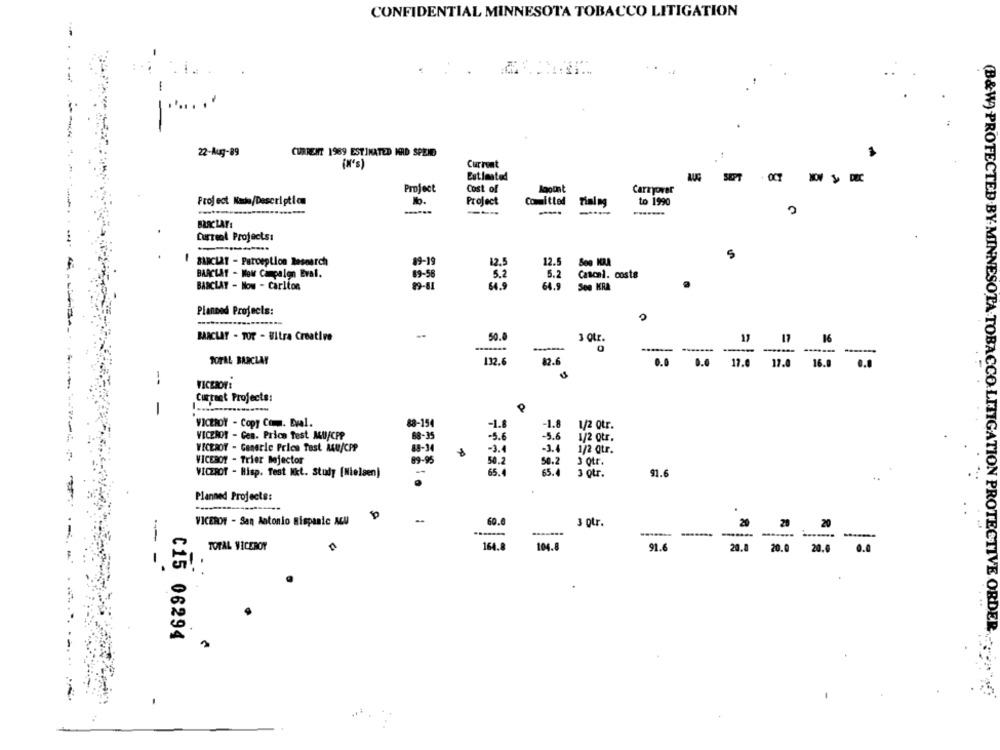
CONFIDENTIAL MINNESOTA TOBACCO LITIGATION
-
22-Aug-89
CURRENT 1989 ESTIMATED MRD SPEND
(N's)
Current
Estimated
SEPT
Cost of
Project
Carryover
Project Nada/Description
Project
Committed Timing
to 1990
-
---
BARCLAY:
Current Projects:
.
5
BARCLAT - Perception Research
89-19
12.5
12.5
BARCLAY - MOM Campalen Eval.
89-56
5.2
5.2
Cascal. costa
BARCLAY - Now - Carlton
64.9
64.9
See KRA
Planned Projects:
BARCLAY - TOT - Ultra Creative
50.0
17
16
3 Qtr.
-------
TOTAL BARCLAY
132.6
2.6
0.0
0.0
17.0
17.0
16.0
0.0
--
VICEROY:
Current Projects:
1
VICEROY - Copy Comma. Eval.
88-154
-1.8
-1.8
1/2 Qtr.
VICEROY - Gen. Price Test AU/CPP
88-35
-5.6
-5.6
1/2 Qtr.
VICEROY - Generic Price Test AU/CPP
84-14
-3.4
-3.4
1/2 Qtr.
VICEBOT - Trier Bojector
89-95
50.2
50.2
3 otr.
VICEROY - Hisp. Test Mkt. Study [Nielsen)
-
65.0
65.
91.6
3 Qtr.
...
Planned Projects:
VICERON - San Antonio Hispanic ACU
60.0
3 ptr.
20
20
20
---- -- -----
.......
TOTAL VICEROY
164.8
104.8
91.6
20.0 20.0 20.0
0.0
-- -
(B&W) PROTECTED BY-MINNESOTA.TOBACCO.LITIGATION PROTECTIVE ORDE
C15 06294